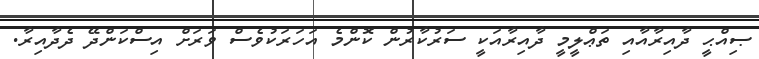
ޞިއްޙީ ދާއިރާއާއި ތަޢްލީމީ ދާއިރާއަކީ ސަރުކާރުން ކޮންމެ އަހަރަކުވެސް ވަރަށް އިސްކަންދޭ ދެދާއިރާ.